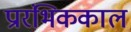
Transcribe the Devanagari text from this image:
प्रारंभिककाल